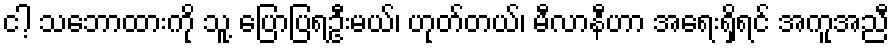
ငါ့ သဘောထားကို သူ့ ပြောပြရဦးမယ်၊ ဟုတ်တယ်၊ မီလာနီဟာ အရေးရှိရင် အကူအညီ